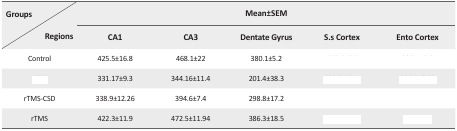
<table><thead><tr><td><b>Groups</b></td><td colspan="5"><b>Mean±SEM</b></td></tr><tr><td><b>Regions</b></td><td><b>CA1</b></td><td><b>CA3</b></td><td><b>Dentate Gyrus</b></td><td><b>S.s Cortex</b></td><td><b>Ento Cortex</b></td></tr></thead><tbody><tr><td>Control</td><td>425.5±16.8</td><td>468.1±22</td><td>380.1±5.2</td><td>[EMPTY_CELL]</td><td>[EMPTY_CELL]</td></tr><tr><td>[EMPTY_CELL]</td><td>331.17±9.3</td><td>344.16±11.4</td><td>201.4±38.3</td><td>[EMPTY_CELL]</td><td>[EMPTY_CELL]</td></tr><tr><td>rTMS-CSD</td><td>338.9±12.26</td><td>394.6±7.4</td><td>298.8±17.2</td><td>[EMPTY_CELL]</td><td>[EMPTY_CELL]</td></tr><tr><td>rTMS</td><td>422.3±11.9</td><td>472.5±11.94</td><td>386.3±18.5</td><td>[EMPTY_CELL]</td><td>[EMPTY_CELL]</td></tr></tbody></table>